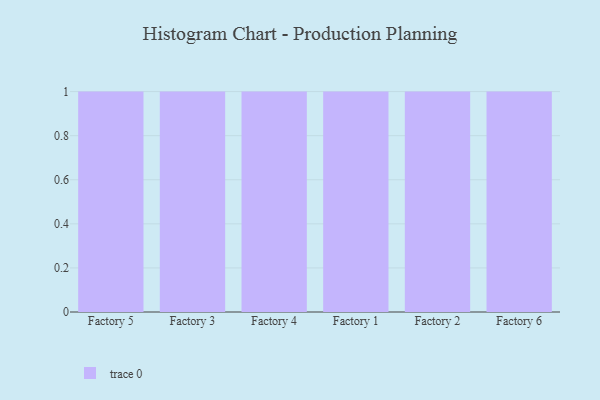
{"axis": {"x": "Factory", "y": "Active Users"}, "legend": [""], "data": [{"x": "Factory 5", "y": 51, "type": ""}, {"x": "Factory 3", "y": 44, "type": ""}, {"x": "Factory 4", "y": 85, "type": ""}, {"x": "Factory 1", "y": 31, "type": ""}, {"x": "Factory 2", "y": 14, "type": ""}, {"x": "Factory 6", "y": 62, "type": ""}]}